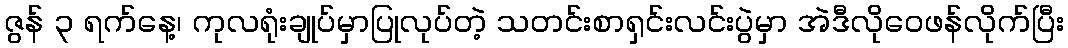
ဇွန် ၃ ရက်နေ့၊ ကုလရုံးချုပ်မှာပြုလုပ်တဲ့ သတင်းစာရှင်းလင်းပွဲမှာ အဲဒီလိုဝေဖန်လိုက်ပြီး